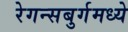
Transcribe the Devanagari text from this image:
रेगन्सबुर्गमध्ये